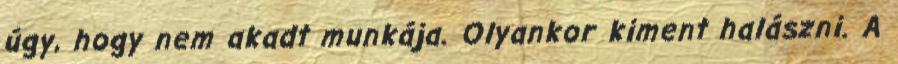
úgy, hogy nem akadt munkája. Olyankor kiment halászni. A